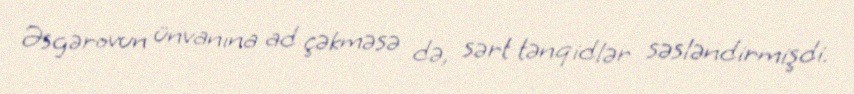
Əsgərovun ünvanına ad çəkməsə də, sərt tənqidlər səsləndirmişdi.